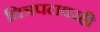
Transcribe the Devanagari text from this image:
चित्रपटावरही